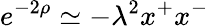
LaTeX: e^{-2\rho}\simeq-\lambda^{2}x^{+}x^{-}